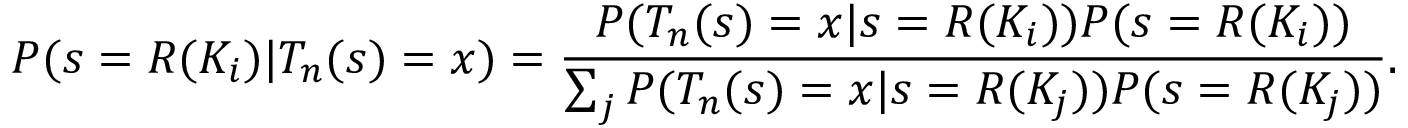
P ( s = R ( K _ { i } ) | T _ { n } ( s ) = x ) = { \frac { P ( T _ { n } ( s ) = x | s = R ( K _ { i } ) ) P ( s = R ( K _ { i } ) ) } { \sum _ { j } P ( T _ { n } ( s ) = x | s = R ( K _ { j } ) ) P ( s = R ( K _ { j } ) ) } } .